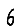
Digit: 6